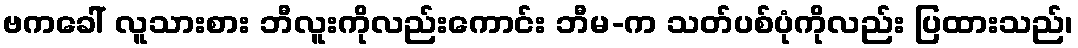
ဗကခေါ် လူသားစား ဘီလူးကိုလည်းကောင်း ဘီမ-က သတ်ပစ်ပုံကိုလည်း ပြထားသည်၊